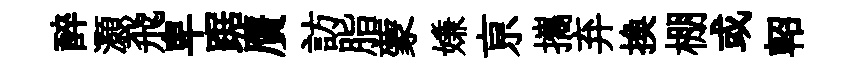
醉灝飛卑踞贋訪脂蒙嫌亰攜弃換棚或軺